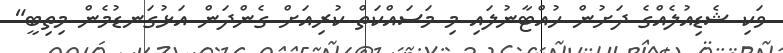
ވަކި ޝެޑިއުލެއްގެ ދަށުން ހުއްޓާނުލައި މި މަސައްކަތް ކުރިއަށް ގެންދަން އަޅުގަނޑުމެން މިތިބީ"